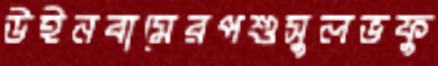
উইনবামেরপশুসুলভফু